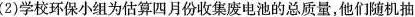
(2)学校环保小组为估算四月份收集废电池的总质量，他们随机抽